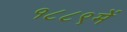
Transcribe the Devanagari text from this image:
१८८९में